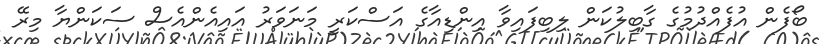
ބޯފެން އުފެއްދުމުގެ ގާބިލުކަން ލިބިފައިވާ އިންޑިއާގެ އަސްކަރީ މަނަވަރު އައިއެންއެސް ސަކަންޔާ މިރޭ